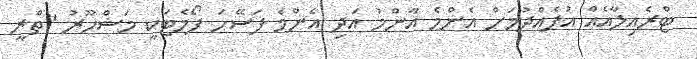
ޓްރެއިލާއެއް އުފެއްދުމަށް އެންމެ އާންމު އަދި އެންމެ ފަސޭހަ ފޯމެޓަކީ މަޝްހޫރު "ތްރީ